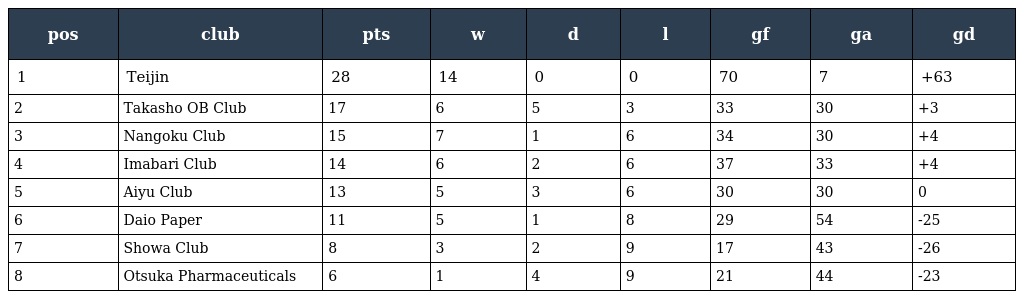
| pos | club | pts | w | d | l | gf | ga | gd |
 | --- | --- | --- | --- | --- | --- | --- | --- | --- |
 | 1 | Teijin | 28 | 14 | 0 | 0 | 70 | 7 | +63 |
 | 2 | Takasho OB Club | 17 | 6 | 5 | 3 | 33 | 30 | +3 |
 | 3 | Nangoku Club | 15 | 7 | 1 | 6 | 34 | 30 | +4 |
 | 4 | Imabari Club | 14 | 6 | 2 | 6 | 37 | 33 | +4 |
 | 5 | Aiyu Club | 13 | 5 | 3 | 6 | 30 | 30 | 0 |
 | 6 | Daio Paper | 11 | 5 | 1 | 8 | 29 | 54 | -25 |
 | 7 | Showa Club | 8 | 3 | 2 | 9 | 17 | 43 | -26 |
 | 8 | Otsuka Pharmaceuticals | 6 | 1 | 4 | 9 | 21 | 44 | -23 |